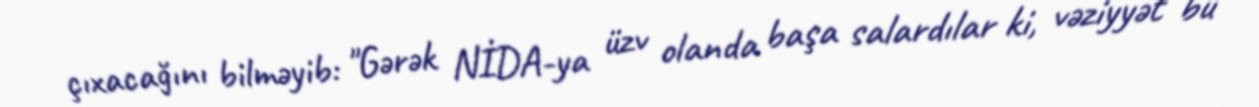
çıxacağını bilməyib: "Gərək NİDA-ya üzv olanda başa salardılar ki, vəziyyət bu